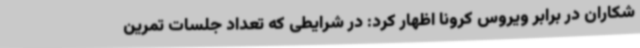
شکاران در برابر ویروس کرونا اظهار کرد: در شرایطی که تعداد جلسات تمرین